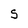
Character: S